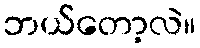
ဘယ်တော့လဲ။